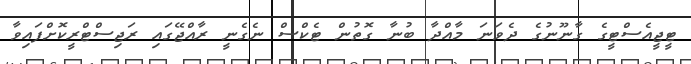
ޓީޖީއެސްޓީގެ ގާނޫނުގެ ދެވަނަ މާއްދާ ބުނާ ގޮތުން ޓެކްސް ނެގެނީ ރާއްޖޭގައި ރަޖިސްޓްރީކޮށްފައިވާ